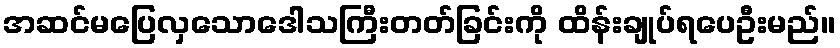
အဆင်မပြေလှသောဒေါသကြီးတတ်ခြင်းကို ထိန်းချုပ်ရပေဦးမည်။